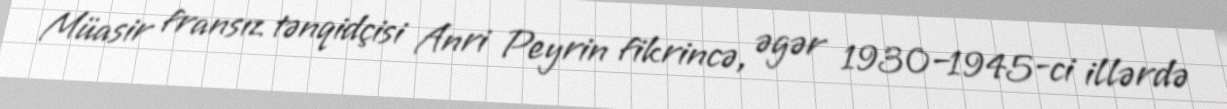
Müasir fransız tənqidçisi Anri Peyrin fikrincə, əgər 1930–1945-ci illərdə